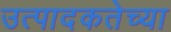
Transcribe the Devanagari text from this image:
उत्पादकतेच्या